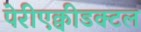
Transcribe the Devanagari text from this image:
पेरीएक्वीडक्टल